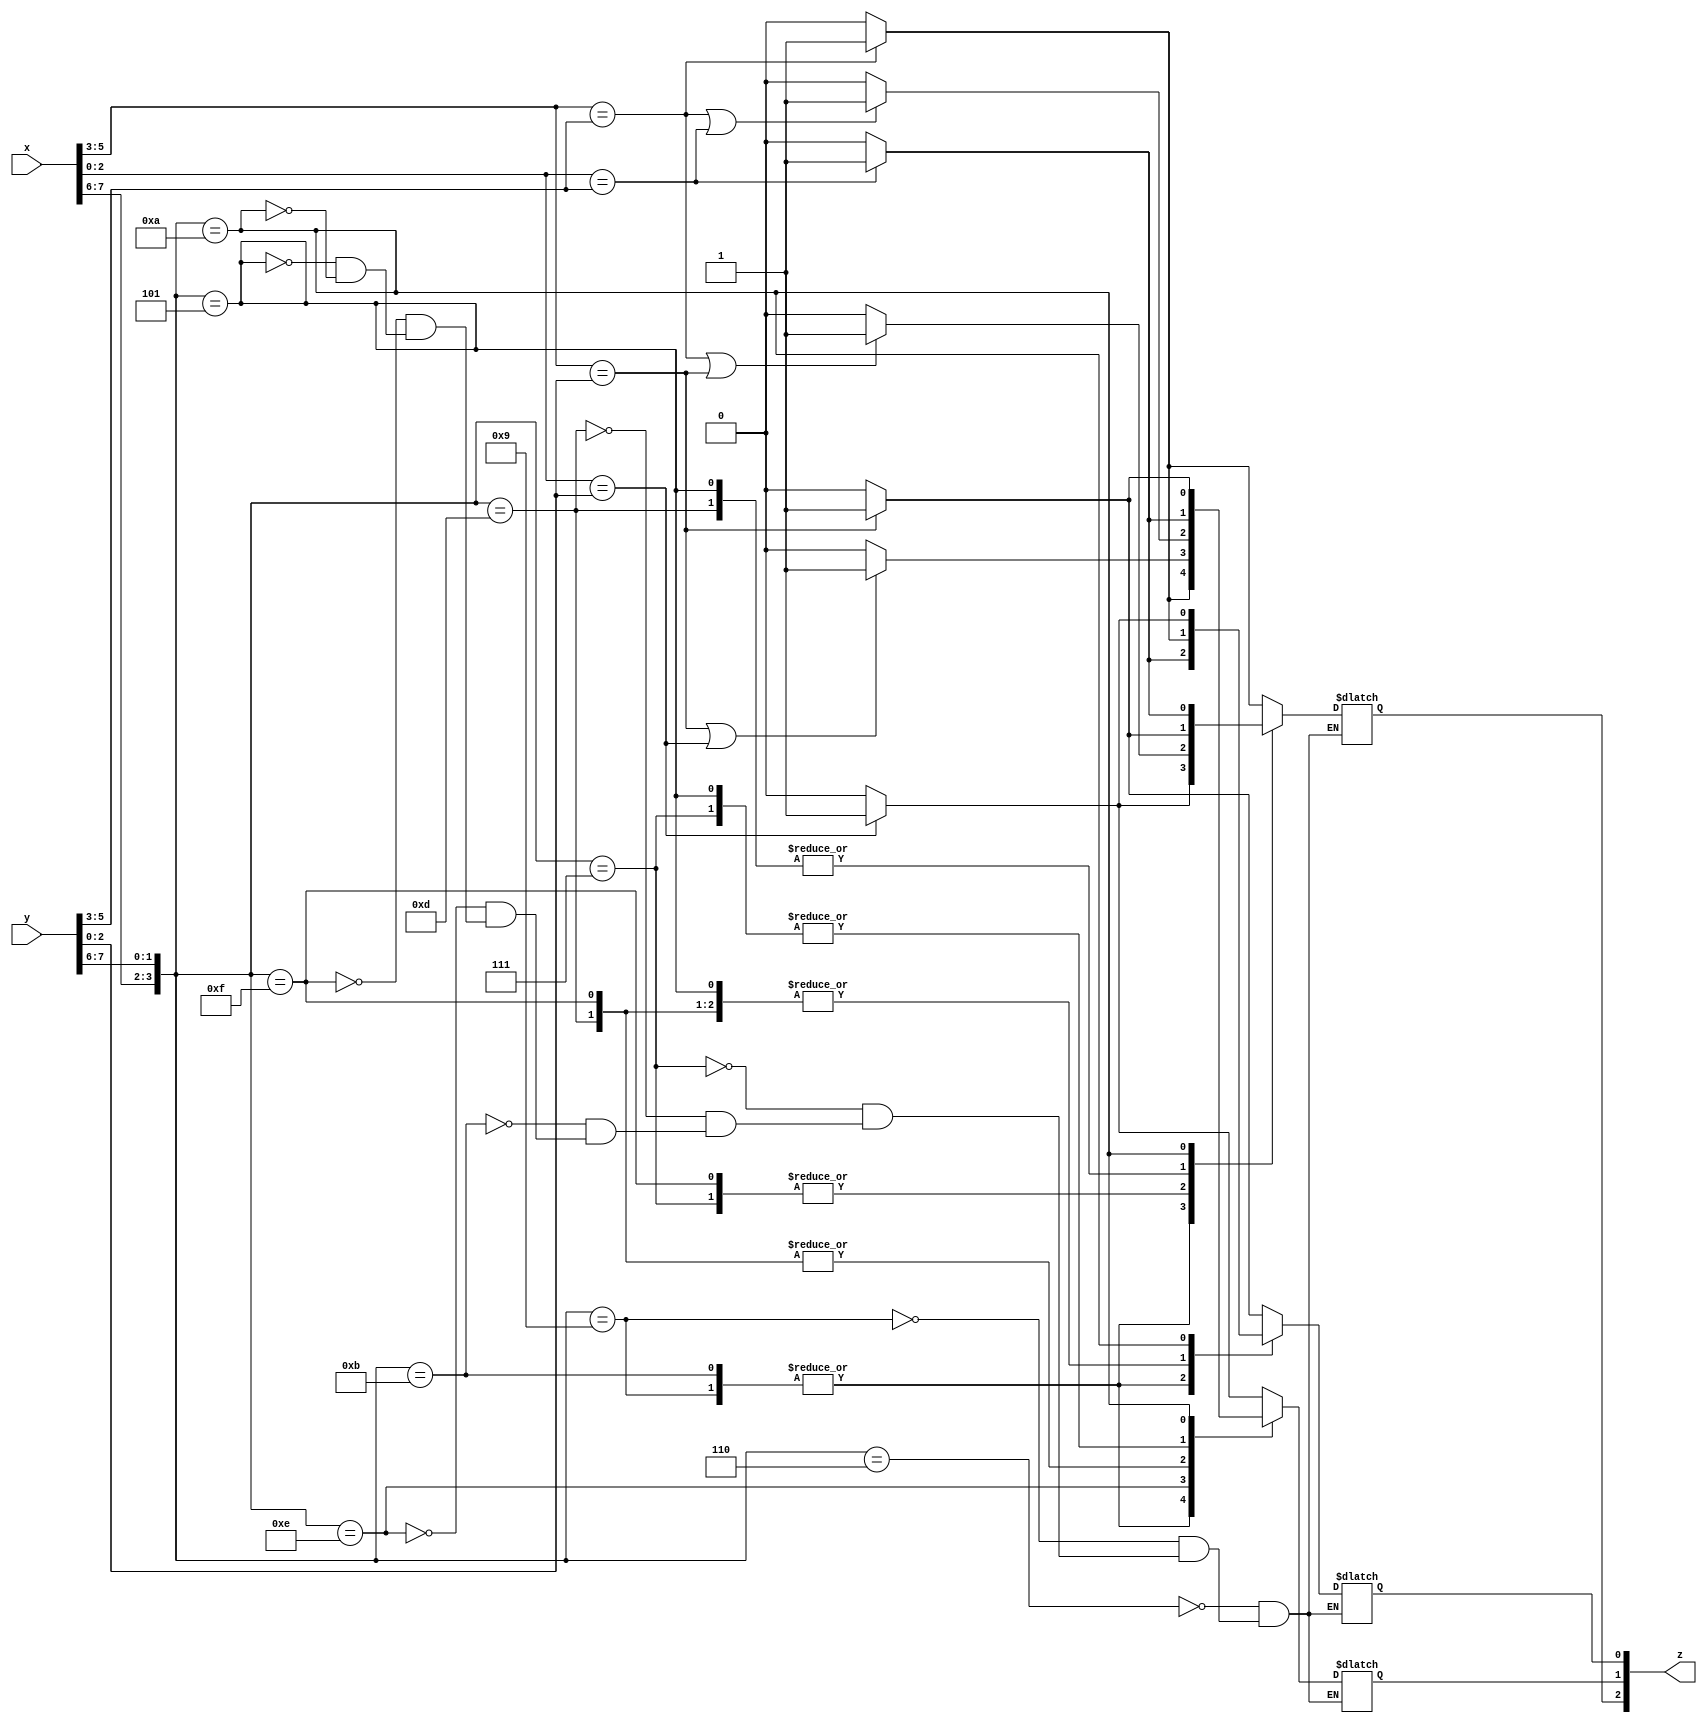
`timescale 1ns / 1ps
//////////////////////////////////////////////////////////////////////////////////
// Company: 
// Engineer: 
// 
// Design Name: 
// Module Name: check
// Project Name: 
// Target Devices: 
// Tool Versions: 
// Description: 
// 
// Dependencies: 
// 
// Revision:
// Revision 0.01 - File Created
// Additional Comments:
// 
//////////////////////////////////////////////////////////////////////////////////


module check(
    input   [7:0] x,
    input  [7:0] y,
    output reg [2:0] z
    );
    //clk required??
    //input clk;
    
    
    //splitting 8 bit input
    //reg [2:0] z=3'b000;
    wire [1:0] op1=x[7:6];
    wire [2:0] r1=x[5:3];
    wire [2:0] r2=x[2:0];
    
    wire [1:0] op2=y[7:6];
    wire [2:0] r3=y[5:3];
    wire [2:0] r4=y[2:0];
    
    //comparing registers
    //load=01 store=10 add=11
    //raw z[2]=1;
    //war z[1]=1;
    //waw z[0]=1;
    //1.load 2.store
    always @ (*)
    begin
    //raw
    case({op1,op2})
    
        4'b0110:   z[2]=(r1 == r3)?  1:0;
        4'b1001:   z[2]=(r2 == r4)?  1:0;
        4'b0111:   z[2]=((r1 == r3)||(r1==r4))?  1:0;
        4'b1101:   z[2]=(r1==r4)?  1:0;
        4'b1011:   z[2]=(r2==r4)?  1:0;
        4'b1110:   z[2]=(r1==r3)?  1:0;
        4'b1111:   z[2]=((r1 == r3)||(r1==r4))?  1:0;
        4'b0101:   z[2]=(r1==r4)?  1:0;
        4'b1010:   z[2]=(r2 == r3)?  1:0;
    endcase
    //war
    case({op1,op2})
    
        4'b0110:   z[1]=(r2 == r4)?  1:0;
        4'b1001:   z[1]=(r1 == r3)?  1:0;
        4'b0111:   z[1]=(r2 == r3)?  1:0;
        4'b1101:   z[1]=((r1==r3)||(r2 == r3))?  1:0;
        4'b1011:   z[1]=(r1==r3)?  1:0;
        4'b1110:   z[1]=((r1 == r4)||(r2==r4))?  1:0;
        4'b1111:   z[1]=((r1 == r3)||(r2==r3))?  1:0;
        4'b0101:   z[1]=(r2 == r3)?  1:0;
        4'b1010:   z[1]=(r1==r4)?  1:0;
    endcase
    //waw
    case({op1,op2})
    
        4'b0110:   z[0]=(r1 == r4)?  1:0;
        4'b1001:   z[0]=(r2 == r3)?  1:0;
        4'b0111:   z[0]=(r1 == r3)?  1:0;
        4'b1101:   z[0]=(r1==r3)?  1:0;
        4'b1011:   z[0]=(r2==r3)?  1:0;
        4'b1110:   z[0]=(r1 == r4)?  1:0;
        4'b1111:   z[0]=(r1 == r3)?  1:0;
        4'b0101:   z[0]=(r1 == r3)?  1:0;
        4'b1010:   z[0]=(r2==r4)?  1:0;
    endcase
    end
    
    
endmodule